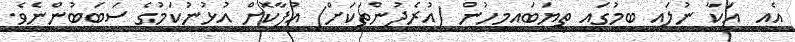
އެއީ  އަކާ ނުލައި ބިމުގައި ތިޔަބައިމީހުން (އުރެދުންތަކަށް) އުފާކޮށް އުޅުނުކަމުގެ ސަބަބުންނެވެ.